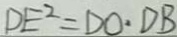
D E ^ { 2 } = D O \cdot D B